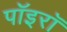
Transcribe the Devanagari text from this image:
पॉइरॉ